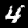
Label: 4